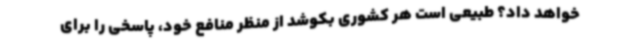
خواهد داد؟ طبیعی است هر کشوری بکوشد از منظر منافع خود، پاسخی را برای